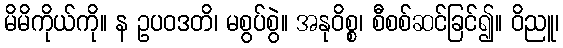
မိမိကိုယ်ကို။ န ဥပဝဒတိ၊ မစွပ်စွဲ။ အနုဝိစ္စ၊ စီစစ်ဆင်ခြင်၍။ ဝိညူ၊